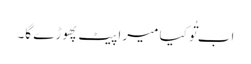
اب تُو کیا میرا پیٹ پھوڑے گا۔